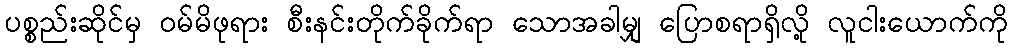
ပစ္စည်းဆိုင်မှ ဝမ်မိဖုရား စီးနင်းတိုက်ခိုက်ရာ သောအခါမျှ ပြောစရာရှိလို့ လူငါးယောက်ကို